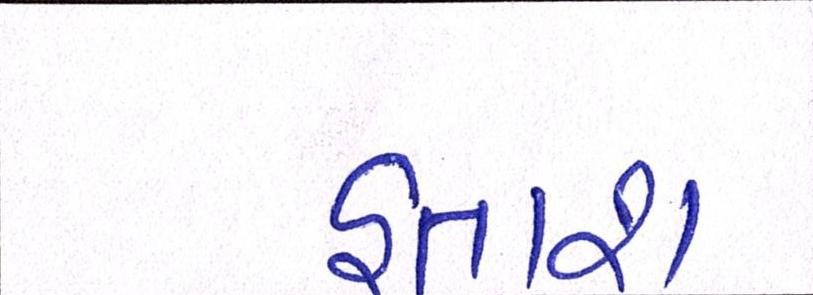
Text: હતાશ